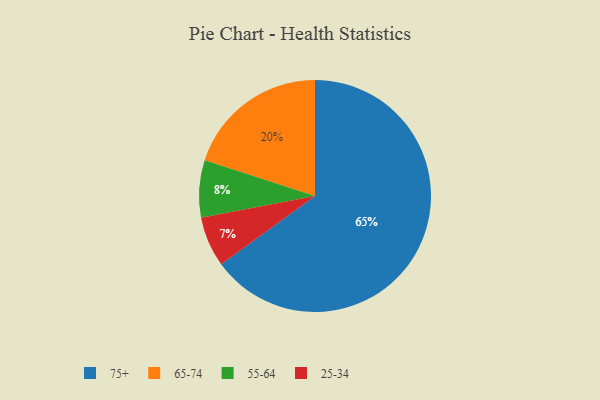
{"axis": {"x": "Category", "y": "Percentage"}, "legend": ["25-34", "55-64", "65-74", "75+"], "data": [{"x": "75+", "y": 65, "type": "75+"}, {"x": "55-64", "y": 8, "type": "55-64"}, {"x": "25-34", "y": 7, "type": "25-34"}, {"x": "65-74", "y": 20, "type": "65-74"}]}